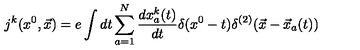
j ^ { k } ( x ^ { 0 } , { \vec { x } } ) = e \int d t \sum _ { a = 1 } ^ { N } \frac { d x _ { a } ^ { k } ( t ) } { d t } \delta ( x ^ { 0 } - t ) \delta ^ { ( 2 ) } ( { \vec { x } } - { \vec { x } } _ { a } ( t ) )